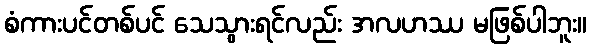
စံကားပင်တစ်ပင် သေသွားရင်လည်း အလဟဿ မဖြစ်ပါဘူး။